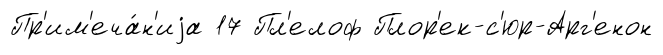
Пр'им'еча́н'иjа 17 Пл'елоф Плор'ек-с'юр-Арг'енон